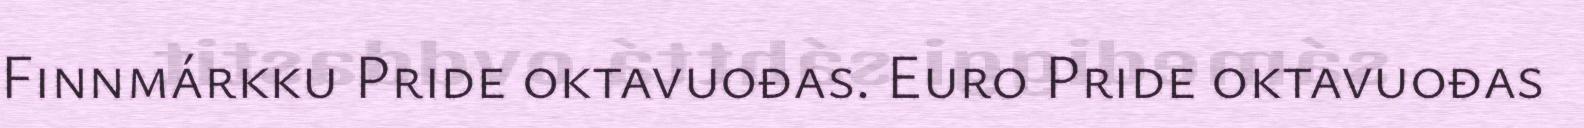
Finnmárkku Pride oktavuođas. Euro Pride oktavuođas